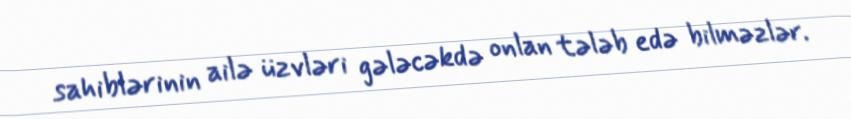
sahiblərinin ailə üzvləri gələcəkdə onlan tələb edə bilməzlər.